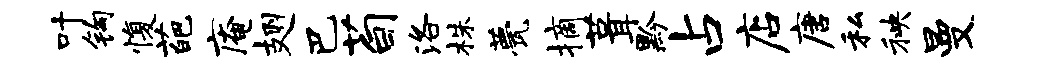
叶钩愎葩庵翅巴荀洛株甍摘葺黔占店唐私秧曼